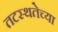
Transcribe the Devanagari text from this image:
तटस्थतेच्या